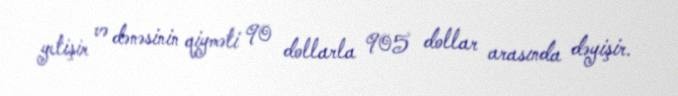
yetişir və dənəsinin qiyməti 90 dollarla 905 dollar arasında dəyişir.